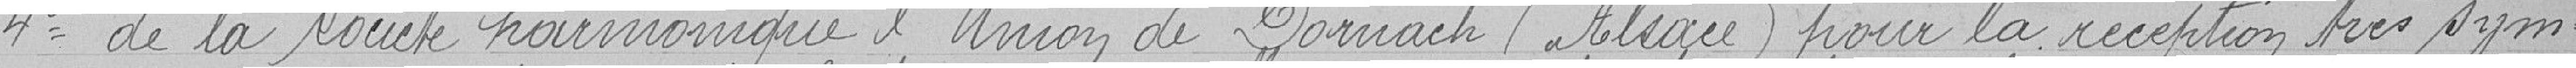
4 de la Société harmonique d'Union de Dornach (Alsace) pour la réception très sym-